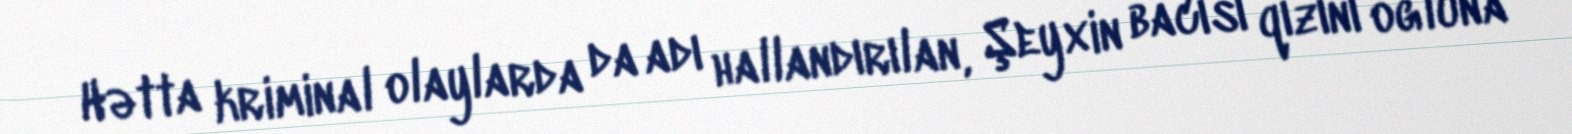
Hətta kriminal olaylarda da adı hallandırılan, Şeyxin bacısı qızını oğluna